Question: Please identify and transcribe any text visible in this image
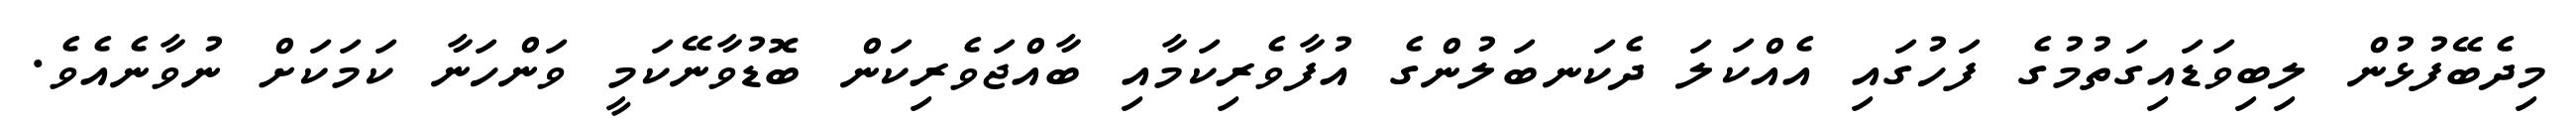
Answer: މިދެބޭފުޅުން ލިބިވަޑައިގަތުމުގެ ފަހުގައި އެއްކަލަ ދެކަނބަލުންގެ އުފާވެރިކަމާއި ބާއްޖަވެރިކަން ބޮޑުވާނޭކަމީ ވަންހަނާ ކަމަކަށް ނުވާނެއެވެ.